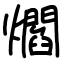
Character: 爓